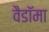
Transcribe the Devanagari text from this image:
वैडाॅमा